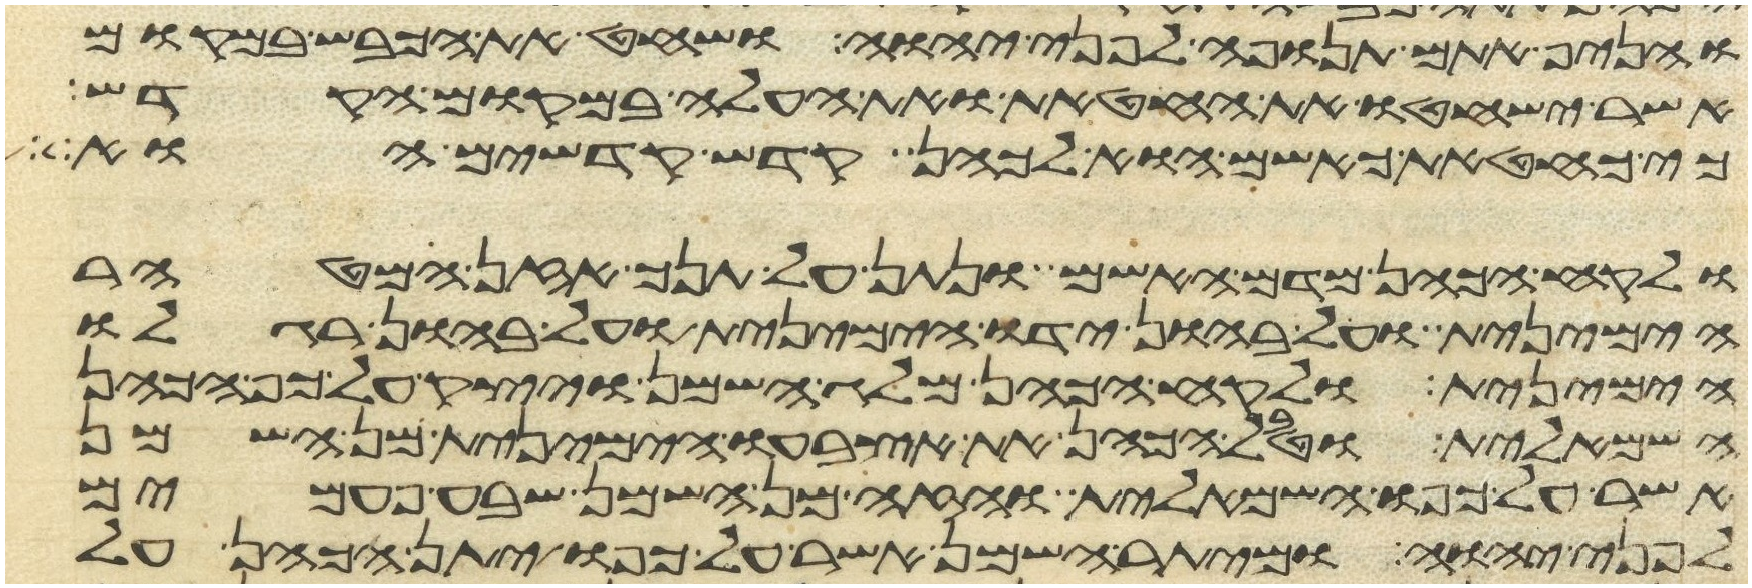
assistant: והניף אתם תנופה לפני יהוה ושחט את הכבש במקום
אשר ישחטו את החטאת ואת העלה במקום הקדש
כי כחטאת כאשם הוא לכהן קדש קדשים הוא
ולקח הכהן מדם האשם ונתן על תנך אזן המטהר
הימנית ועל בהון ידו הימנית ועל בהון רגלו
הימנית ולקח הכהן מלג השמן ויצק על כף הכהן
השמאלית וטבל הכהן את אצבעו הימנית מן השמן
אשר על כפו השמאלית והזה מן השמן שבע פעמים
לפני יהוה ומיתר השמן אשר על כפו יתן הכהן על